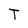
Character: T